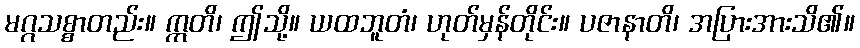
မဂ္ဂသစ္စာတည်း။ ဣတိ၊ ဤသို့။ ယထဘူတံ၊ ဟုတ်မှန်တိုင်း။ ပဇာနာတိ၊ အပြားအားသိ၏။